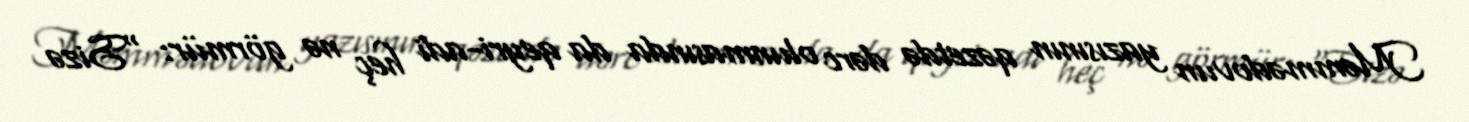
Məmmədovun yazısının qəzetdə dərc olunmasında da qeyri-adi heç nə görmür: “Sizə